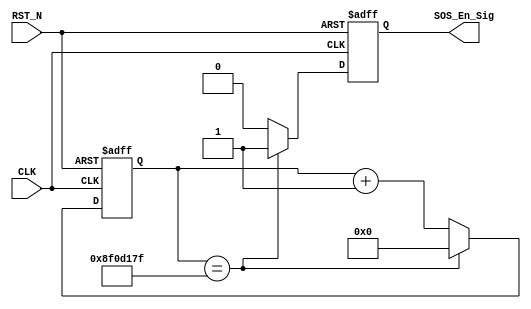
/**********************************************
Modele NameControl_module()
Module FunctionSOS_En_Sig Generator
Input Parametersnull
Output ParametersSOS_En_Sig
Data2016/9/13
Author: VanAllen Ye
**********************************************/

module Control_module
(
	CLK,RST_N,
	SOS_En_Sig
);

input CLK;
input RST_N;
output SOS_En_Sig;

/***********************************************/

parameter T3S = 28'd149_999_999;

/***********************************************/

reg isEn;
reg[27:0] Count1;

always@(posedge CLK or negedge RST_N)
	if(!RST_N)
		begin
			isEn <= 1'b0;
			Count1 <= 28'd0;
		end
	else if(Count1 == T3S)
		begin
			isEn <= 1'b1;
			Count1 <= 28'd0;
		end
	else
		begin
			isEn <= 1'b0;
			Count1 <= Count1 + 1'b1;
		end

/***************************************************/

assign SOS_En_Sig = isEn;

/***************************************************/

endmodule